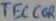
Text: TECCOR